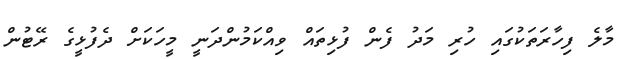
މާލެ ފިހާރަތަކުގައި ހުރި މަދު ފެން ފުޅިތައް ވިއްކަމުންދަނީ މީހަކަށް ދެފުޅީގެ ރޭޓުން